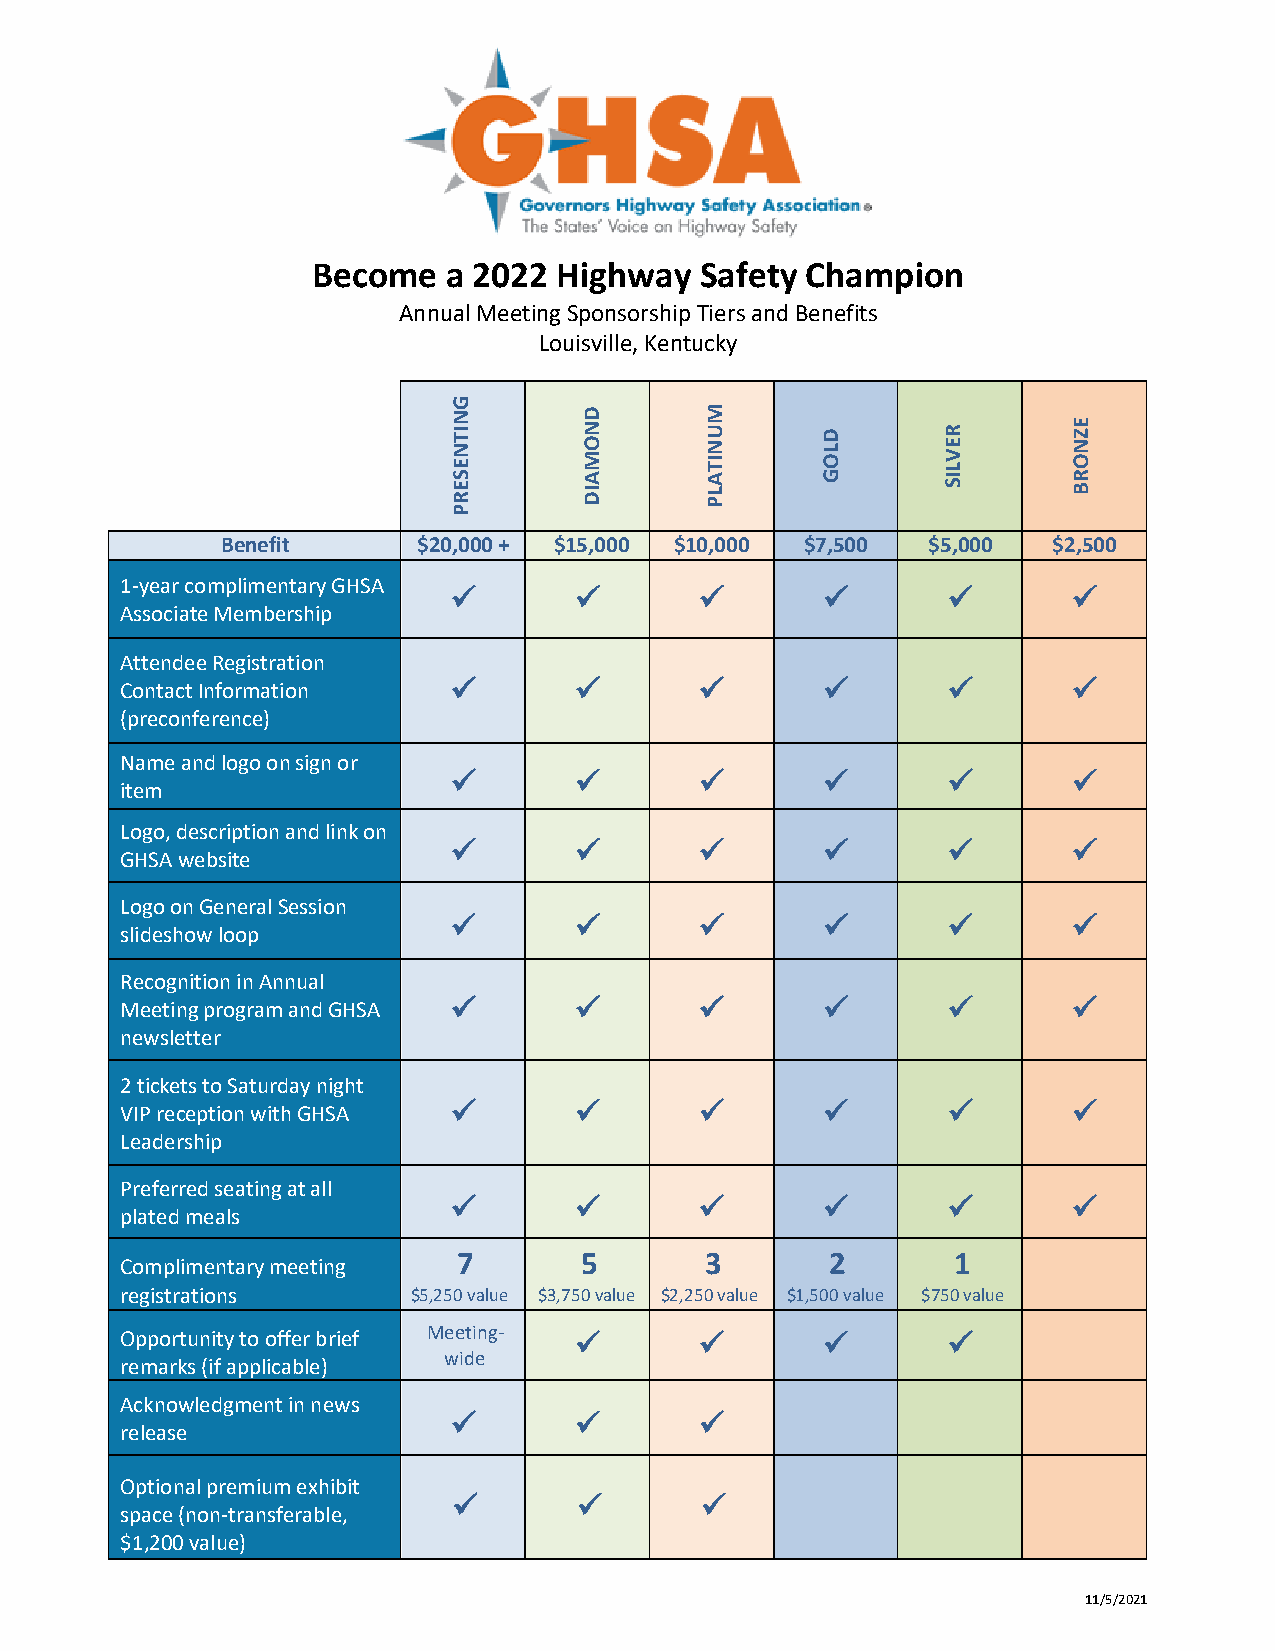
Become   a 2022 Highway  Safety Champion
 Annual Meeting Sponsorship Tiers and Benefits
 Louisville, Kentucky
 G
 N
 IT
 N E
 D
 N
 O M
 M
 U
 N IT
 D
 L O
 R
 E V L
 E Z
 N O
 S
 E R
 A
 ID
 A
 L P
 G       IS       R
 B
 P
 Benefit      $20,000 + $15,000 $10,000 $7,500 $5,000   $2,500
 1-year complimentary GHSA
 ✓       ✓       ✓       ✓        ✓       ✓
 Associate Membership
 Attendee Registration
 Contact Information   ✓       ✓       ✓       ✓        ✓       ✓
 (preconference)
 Name and logo on sign or
 ✓       ✓       ✓       ✓        ✓       ✓
 item
 Logo, description and link on
 ✓       ✓       ✓       ✓        ✓       ✓
 GHSA website
 Logo on General Session
 ✓       ✓       ✓       ✓        ✓       ✓
 slideshow loop
 Recognition in Annual
 Meeting program and GHSA ✓    ✓       ✓       ✓        ✓       ✓
 newsletter
 2 tickets to Saturday night
 VIP reception with GHSA ✓     ✓       ✓       ✓        ✓       ✓
 Leadership
 Preferred seating at all
 ✓       ✓       ✓       ✓        ✓       ✓
 plated meals
 7       5        3       2       1
 Complimentary meeting
 registrations      $5,250 value $3,750 value $2,250 value $1,500 value $750 value
 Opportunity to offer brief Meeting- ✓ ✓       ✓        ✓
 wide
 remarks (if applicable)
 Acknowledgment in news
 ✓       ✓       ✓
 release
 Optional premium exhibit
 ✓       ✓       ✓
 space (non-transferable,
 $1,200 value)
 11/5/2021